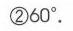
\textcircled{2}$60^{\circ}$.